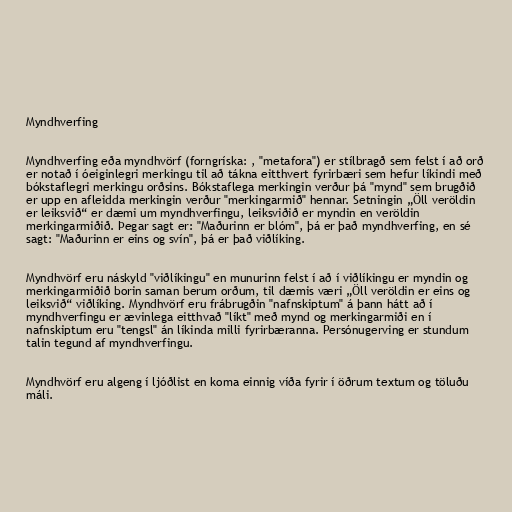
Myndhverfing

Myndhverfing eða myndhvörf (forngríska: , "metafora") er stílbragð sem felst í að orð
er notað í óeiginlegri merkingu til að tákna eitthvert fyrirbæri sem hefur líkindi með
bókstaflegri merkingu orðsins. Bókstaflega merkingin verður þá "mynd" sem brugðið
er upp en afleidda merkingin verður "merkingarmið" hennar. Setningin „Öll veröldin
er leiksvið“ er dæmi um myndhverfingu, leiksviðið er myndin en veröldin
merkingarmiðið. Þegar sagt er: "Maðurinn er blóm", þá er það myndhverfing, en sé
sagt: "Maðurinn er eins og svín", þá er það viðlíking.

Myndhvörf eru náskyld "viðlíkingu" en munurinn felst í að í viðlíkingu er myndin og
merkingarmiðið borin saman berum orðum, til dæmis væri „Öll veröldin er eins og
leiksvið“ viðlíking. Myndhvörf eru frábrugðin "nafnskiptum" á þann hátt að í
myndhverfingu er ævinlega eitthvað "líkt" með mynd og merkingarmiði en í
nafnskiptum eru "tengsl" án líkinda milli fyrirbæranna. Persónugerving er stundum
talin tegund af myndhverfingu.

Myndhvörf eru algeng í ljóðlist en koma einnig víða fyrir í öðrum textum og töluðu
máli.